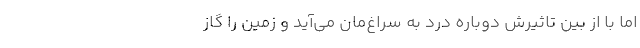
اما با از بین تاثیرش دوباره درد به سراغ‌مان می‌آید و زمین را گاز